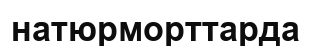
натюрморттарда